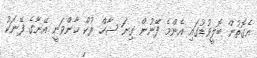
އެގޮތުން ބޮލީވުޑުގައި އެންމެ ފޭނުން ގިނަ ޝާހް ރުކް ޚާންވަނީ އޭނާގެ ފޭނަކު